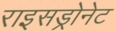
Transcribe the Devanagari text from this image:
राइसड्रोनेट